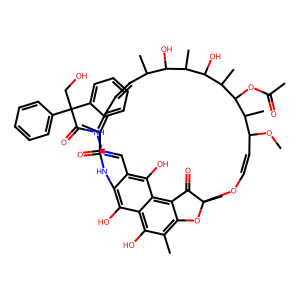
SMILES: COC1C=COC2(C)Oc3c(C)c(O)c4c(O)c(c(C=NNC(=O)C(CO)(c5ccccc5)c5ccccc5)c(O)c4c3C2=O)NC(=O)C(C)=CC=CC(C)C(O)C(C)C(O)C(C)C(OC(C)=O)C1C
Inhibits HIV replication: No